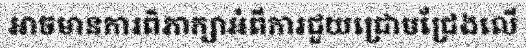
អាចមានការពិភាក្សាអំពីការជួយជ្រោមជ្រែងលើ